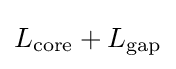
L_{\mathrm {core} }+L_{\mathrm {gap} }